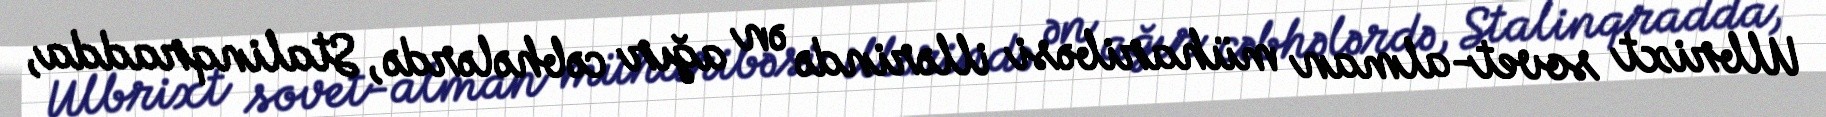
Ulbrixt sovet-alman müharibəsi illərində ən ağır cəbhələrdə, Stalinqradda,